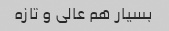
بسیار هم عالی و تازه